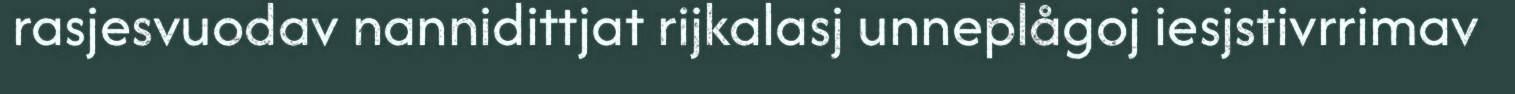
rasjesvuodav nannidittjat rijkalasj unneplågoj iesjstivrrimav